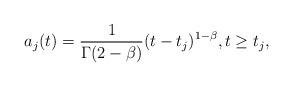
LaTeX: \begin{align*} a_j(t) = \frac1{\Gamma(2-\beta)} (t-t_j)^{1-\beta}, t \geq t_j,\end{align*}